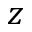
z